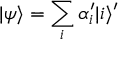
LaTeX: | \psi \rangle = \sum _ { i } \alpha _ { i } ^ { \prime } | i \rangle ^ { \prime }